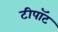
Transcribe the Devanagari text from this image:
टीपॉट